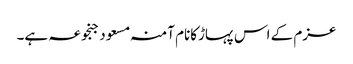
عزم کے اس پہاڑکانام آمنہ مسعود جنجوعہ ہے۔